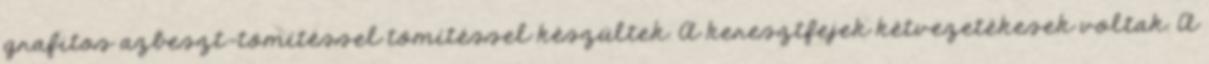
grafitos azbeszt-tömítéssel tömítéssel készültek. A keresztfejek kétvezetékesek voltak. A